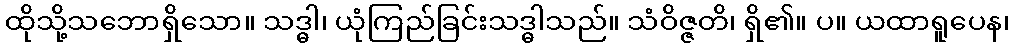
ထိုသို့သဘောရှိသော။ သဒ္ဓါ၊ ယုံကြည်ခြင်းသဒ္ဓါသည်။ သံဝိဇ္ဇတိ၊ ရှိ၏။ ပ။ ယထာရူပေန၊